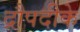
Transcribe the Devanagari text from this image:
द्रौपदीके